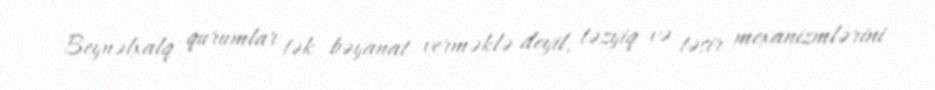
Beynəlxalq qurumlar tək bəyanat verməklə deyil, təzyiq və təsir mexanizmlərini